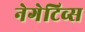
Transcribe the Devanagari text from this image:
नेगेटिव्स